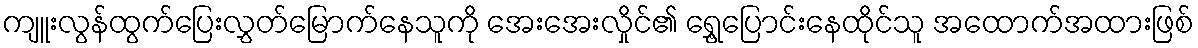
ကျူးလွန်ထွက်ပြေးလွှတ်မြောက်နေသူကို အေးအေးလှိုင်၏ ရွှေ့ပြောင်းနေထိုင်သူ အထောက်အထားဖြစ်